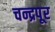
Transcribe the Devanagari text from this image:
चन्द्रपूर